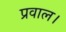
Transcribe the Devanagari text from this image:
प्रवाल।